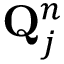
\mathbf { Q } _ { j } ^ { n }